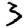
Digit: 3